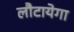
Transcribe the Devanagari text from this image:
लौटायेगा